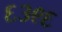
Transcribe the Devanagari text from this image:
६३९६